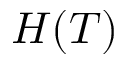
H ( T )